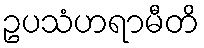
ဥပသံဟရာမီတိ